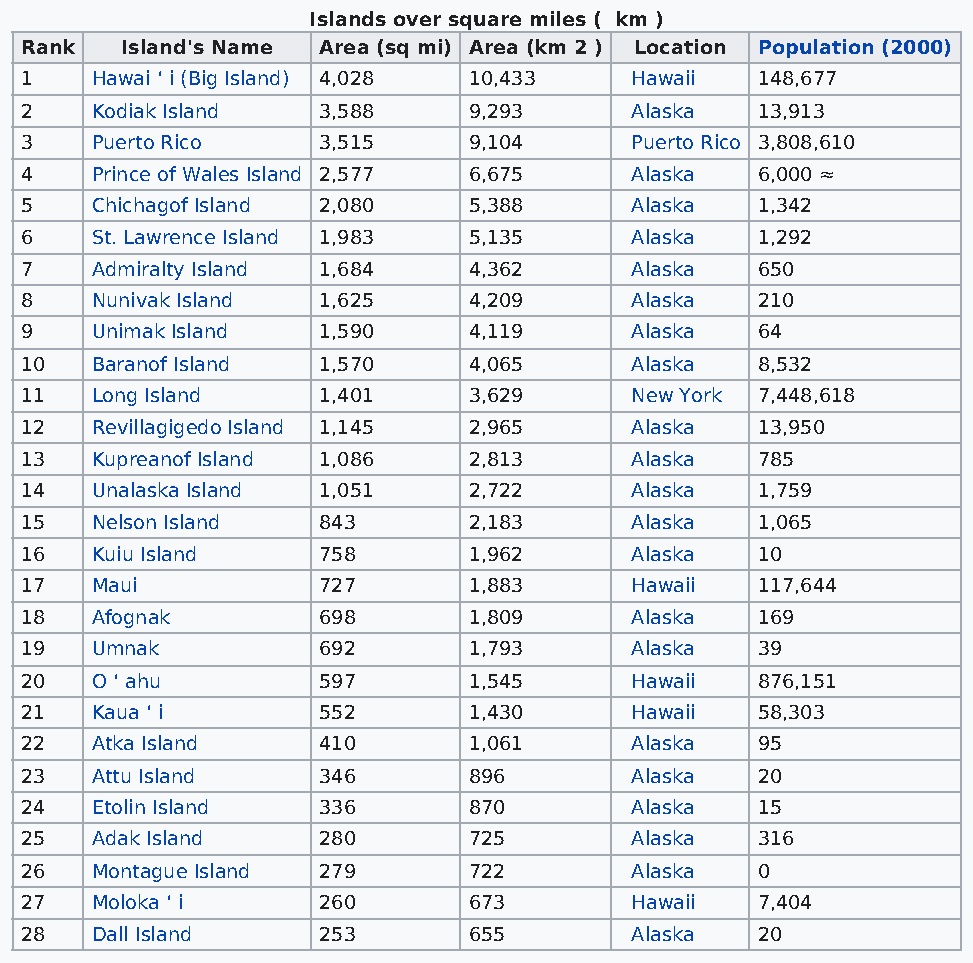
Islands over square miles ( km )
 Rank   Island's Name Area (sq mi) Area (km 2 ) Location Population (2000)
 1    Hawai ʻ i (Big Island) 4,028 10,433 Hawaii  148,677
 2    Kodiak Island  3,588     9,293      Alaska  13,913
 3    Puerto Rico    3,515     9,104      Puerto Rico 3,808,610
 4    Prince of Wales Island 2,577 6,675  Alaska  6,000 ≈
 5    Chichagof Island 2,080   5,388      Alaska  1,342
 6    St. Lawrence Island 1,983 5,135     Alaska  1,292
 7    Admiralty Island 1,684   4,362      Alaska  650
 8    Nunivak Island 1,625     4,209      Alaska  210
 9    Unimak Island  1,590     4,119      Alaska  64
 10   Baranof Island 1,570     4,065      Alaska  8,532
 11   Long Island    1,401     3,629      New York 7,448,618
 12   Revillagigedo Island 1,145 2,965    Alaska  13,950
 13   Kupreanof Island 1,086   2,813      Alaska  785
 14   Unalaska Island 1,051    2,722      Alaska  1,759
 15   Nelson Island  843       2,183      Alaska  1,065
 16   Kuiu Island    758       1,962      Alaska  10
 17   Maui           727       1,883      Hawaii  117,644
 18   Afognak        698       1,809      Alaska  169
 19   Umnak          692       1,793      Alaska  39
 20   O ʻ ahu        597       1,545      Hawaii  876,151
 21   Kaua ʻ i       552       1,430      Hawaii  58,303
 22   Atka Island    410       1,061      Alaska  95
 23   Attu Island    346       896        Alaska  20
 24   Etolin Island  336       870        Alaska  15
 25   Adak Island    280       725        Alaska  316
 26   Montague Island 279      722        Alaska  0
 27   Moloka ʻ i     260       673        Hawaii  7,404
 28   Dall Island    253       655        Alaska  20